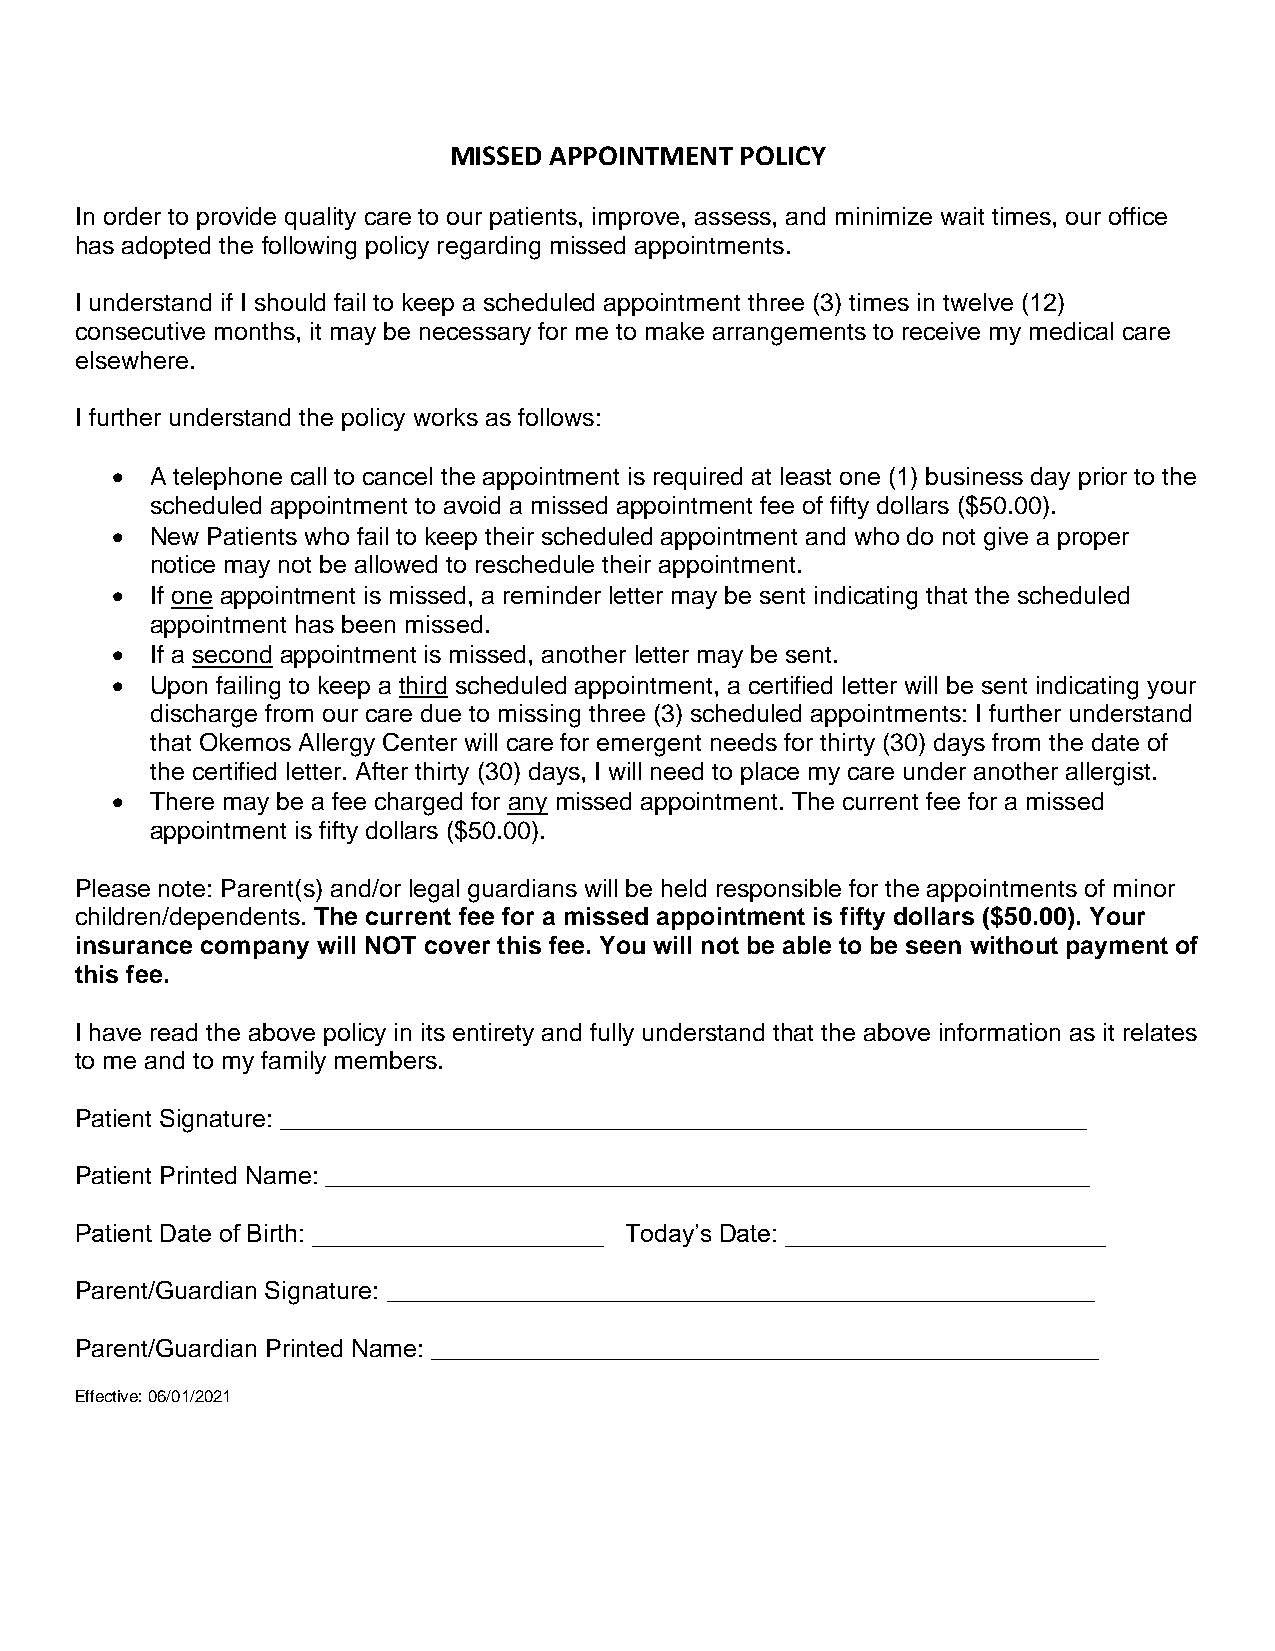
MISSED APPOINTMENT POLICY
 In order to provide quality care to our patients, improve, assess, and minimize wait times, our office
 has adopted the following policy regarding missed appointments.
 I understand if I should fail to keep a scheduled appointment three (3) times in twelve (12)
 consecutive months, it may be necessary for me to make arrangements to receive my medical care
 elsewhere.
 I further understand the policy works as follows:
 •  A telephone call to cancel the appointment is required at least one (1) business day prior to the
 scheduled appointment to avoid a missed appointment fee of fifty dollars ($50.00).
 •  New Patients who fail to keep their scheduled appointment and who do not give a proper
 notice may not be allowed to reschedule their appointment.
 •  If one appointment is missed, a reminder letter may be sent indicating that the scheduled
 appointment has been missed.
 •  If a second appointment is missed, another letter may be sent.
 •  Upon failing to keep a third scheduled appointment, a certified letter will be sent indicating your
 discharge from our care due to missing three (3) scheduled appointments: I further understand
 that Okemos Allergy Center will care for emergent needs for thirty (30) days from the date of
 the certified letter. After thirty (30) days, I will need to place my care under another allergist.
 •  There may be a fee charged for any missed appointment. The current fee for a missed
 appointment is fifty dollars ($50.00).
 Please note: Parent(s) and/or legal guardians will be held responsible for the appointments of minor
 children/dependents. The current fee for a missed appointment is fifty dollars ($50.00). Your
 insurance company will NOT cover this fee. You will not be able to be seen without payment of
 this fee.
 I have read the above policy in its entirety and fully understand that the above information as it relates
 to me and to my family members.
 Patient Signature: __________________________________________________________
 Patient Printed Name: _______________________________________________________
 Patient Date of Birth: _____________________ Today’s Date: _______________________
 Parent/Guardian Signature: ___________________________________________________
 Parent/Guardian Printed Name: ________________________________________________
 Effective: 06/01/2021